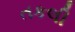
તકલી